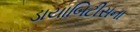
ડાયાબિટીસના